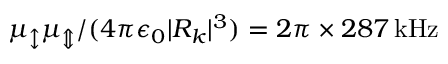
\mu _ { \updownarrow } \mu _ { \Updownarrow } / ( 4 \pi \epsilon _ { 0 } | R _ { k } | ^ { 3 } ) = 2 \pi \times 2 8 7 \, \mathrm { k H z }